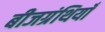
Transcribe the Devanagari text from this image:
बीजग्रंथियाँ